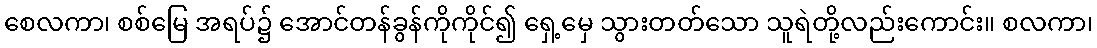
စေလကာ၊ စစ်မြေ အရပ်၌ အောင်တန်ခွန်ကိုကိုင်၍ ရှေ့မှေ သွားတတ်သော သူရဲတို့လည်းကောင်း။ စလကာ၊